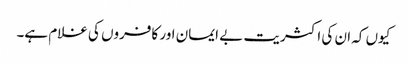
کیوں کہ ان کی اکثریت بے ایمان اور کافروں کی غلام ہے۔